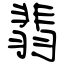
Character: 翡